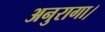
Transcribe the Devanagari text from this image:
अनुरागा।